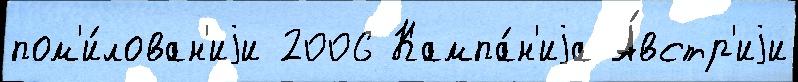
пом'и́лован'иjи 2006 Кампа́н'иjа А́встр'иjи